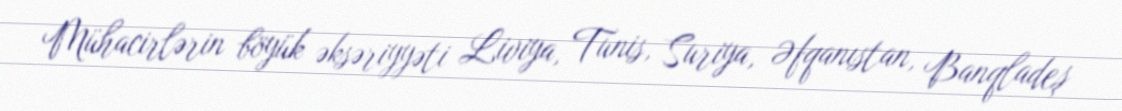
Mühacirlərin böyük əksəriyyəti Liviya, Tunis, Suriya, Əfqanıstan, Banqladeş